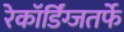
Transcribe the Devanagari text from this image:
रेकॉर्डिंग्जतर्फे